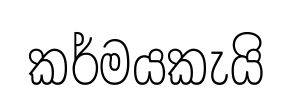
කර්මයකැයි